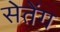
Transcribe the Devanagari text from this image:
सेतेंग